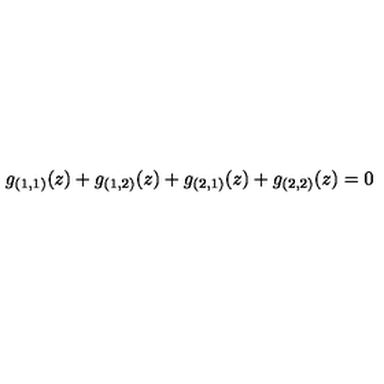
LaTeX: g _ { ( 1 , 1 ) } ( z ) + g _ { ( 1 , 2 ) } ( z ) + g _ { ( 2 , 1 ) } ( z ) + g _ { ( 2 , 2 ) } ( z ) = 0